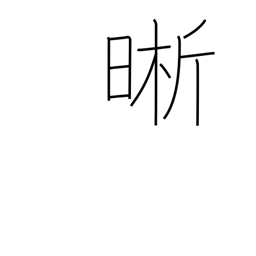
Meaning: clear